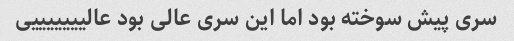
سری پیش سوخته بود اما این سری عالی بود عالیییییییی